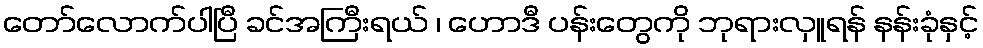
တော်လောက်ပါပြီ ခင်အကြီးရယ် ၊ ဟောဒီ ပန်းတွေကို ဘုရားလှူရန် နန်းခုံနှင့်